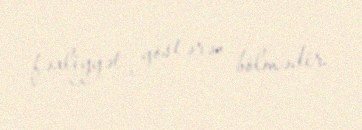
fəaliyyət göstərən bölmədir.